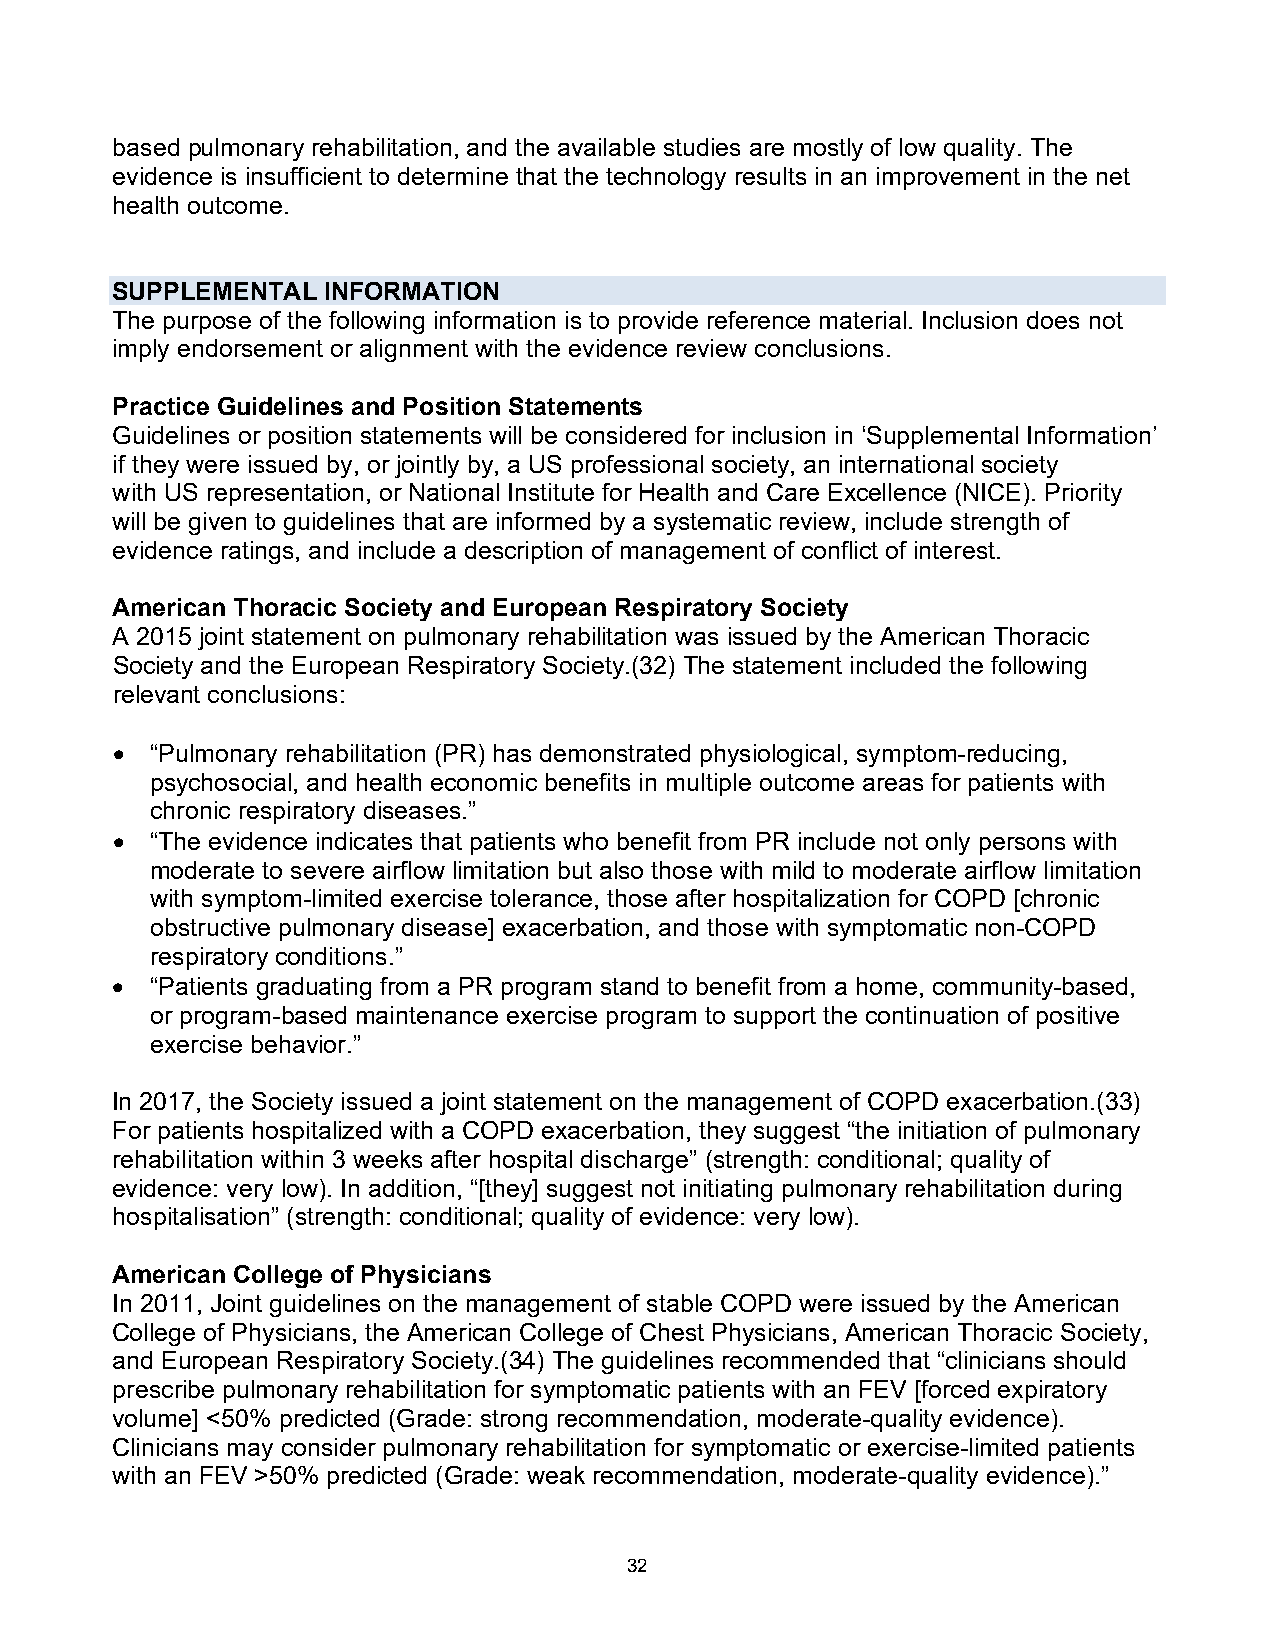
based pulmonary rehabilitation, and the available studies are mostly of low quality. The
 evidence is insufficient to determine that the technology results in an improvement in the net
 health outcome.
 SUPPLEMENTAL  INFORMATION
 The purpose of the following information is to provide reference material. Inclusion does not
 imply endorsement or alignment with the evidence review conclusions.
 Practice Guidelines and Position Statements
 Guidelines or position statements will be considered for inclusion in ‘Supplemental Information’
 if they were issued by, or jointly by, a US professional society, an international society
 with US representation, or National Institute for Health and Care Excellence (NICE). Priority
 will be given to guidelines that are informed by a systematic review, include strength of
 evidence ratings, and include a description of management of conflict of interest.
 American Thoracic Society and European Respiratory Society
 A 2015 joint statement on pulmonary rehabilitation was issued by the American Thoracic
 Society and the European Respiratory Society.(32) The statement included the following
 relevant conclusions:
 •  “Pulmonary rehabilitation (PR) has demonstrated physiological, symptom-reducing,
 psychosocial, and health economic benefits in multiple outcome areas for patients with
 chronic respiratory diseases.”
 •  “The evidence indicates that patients who benefit from PR include not only persons with
 moderate to severe airflow limitation but also those with mild to moderate airflow limitation
 with symptom-limited exercise tolerance, those after hospitalization for COPD [chronic
 obstructive pulmonary disease] exacerbation, and those with symptomatic non-COPD
 respiratory conditions.”
 •  “Patients graduating from a PR program stand to benefit from a home, community-based,
 or program-based maintenance exercise program to support the continuation of positive
 exercise behavior.”
 In 2017, the Society issued a joint statement on the management of COPD exacerbation.(33)
 For patients hospitalized with a COPD exacerbation, they suggest “the initiation of pulmonary
 rehabilitation within 3 weeks after hospital discharge” (strength: conditional; quality of
 evidence: very low). In addition, “[they] suggest not initiating pulmonary rehabilitation during
 hospitalisation” (strength: conditional; quality of evidence: very low).
 American College of Physicians
 In 2011, Joint guidelines on the management of stable COPD were issued by the American
 College of Physicians, the American College of Chest Physicians, American Thoracic Society,
 and European Respiratory Society.(34) The guidelines recommended that “clinicians should
 prescribe pulmonary rehabilitation for symptomatic patients with an FEV [forced expiratory
 volume] <50% predicted (Grade: strong recommendation, moderate-quality evidence).
 Clinicians may consider pulmonary rehabilitation for symptomatic or exercise-limited patients
 with an FEV >50% predicted (Grade: weak recommendation, moderate-quality evidence).”
 32